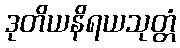
ဒုတိယနိရယသုတ္တံ